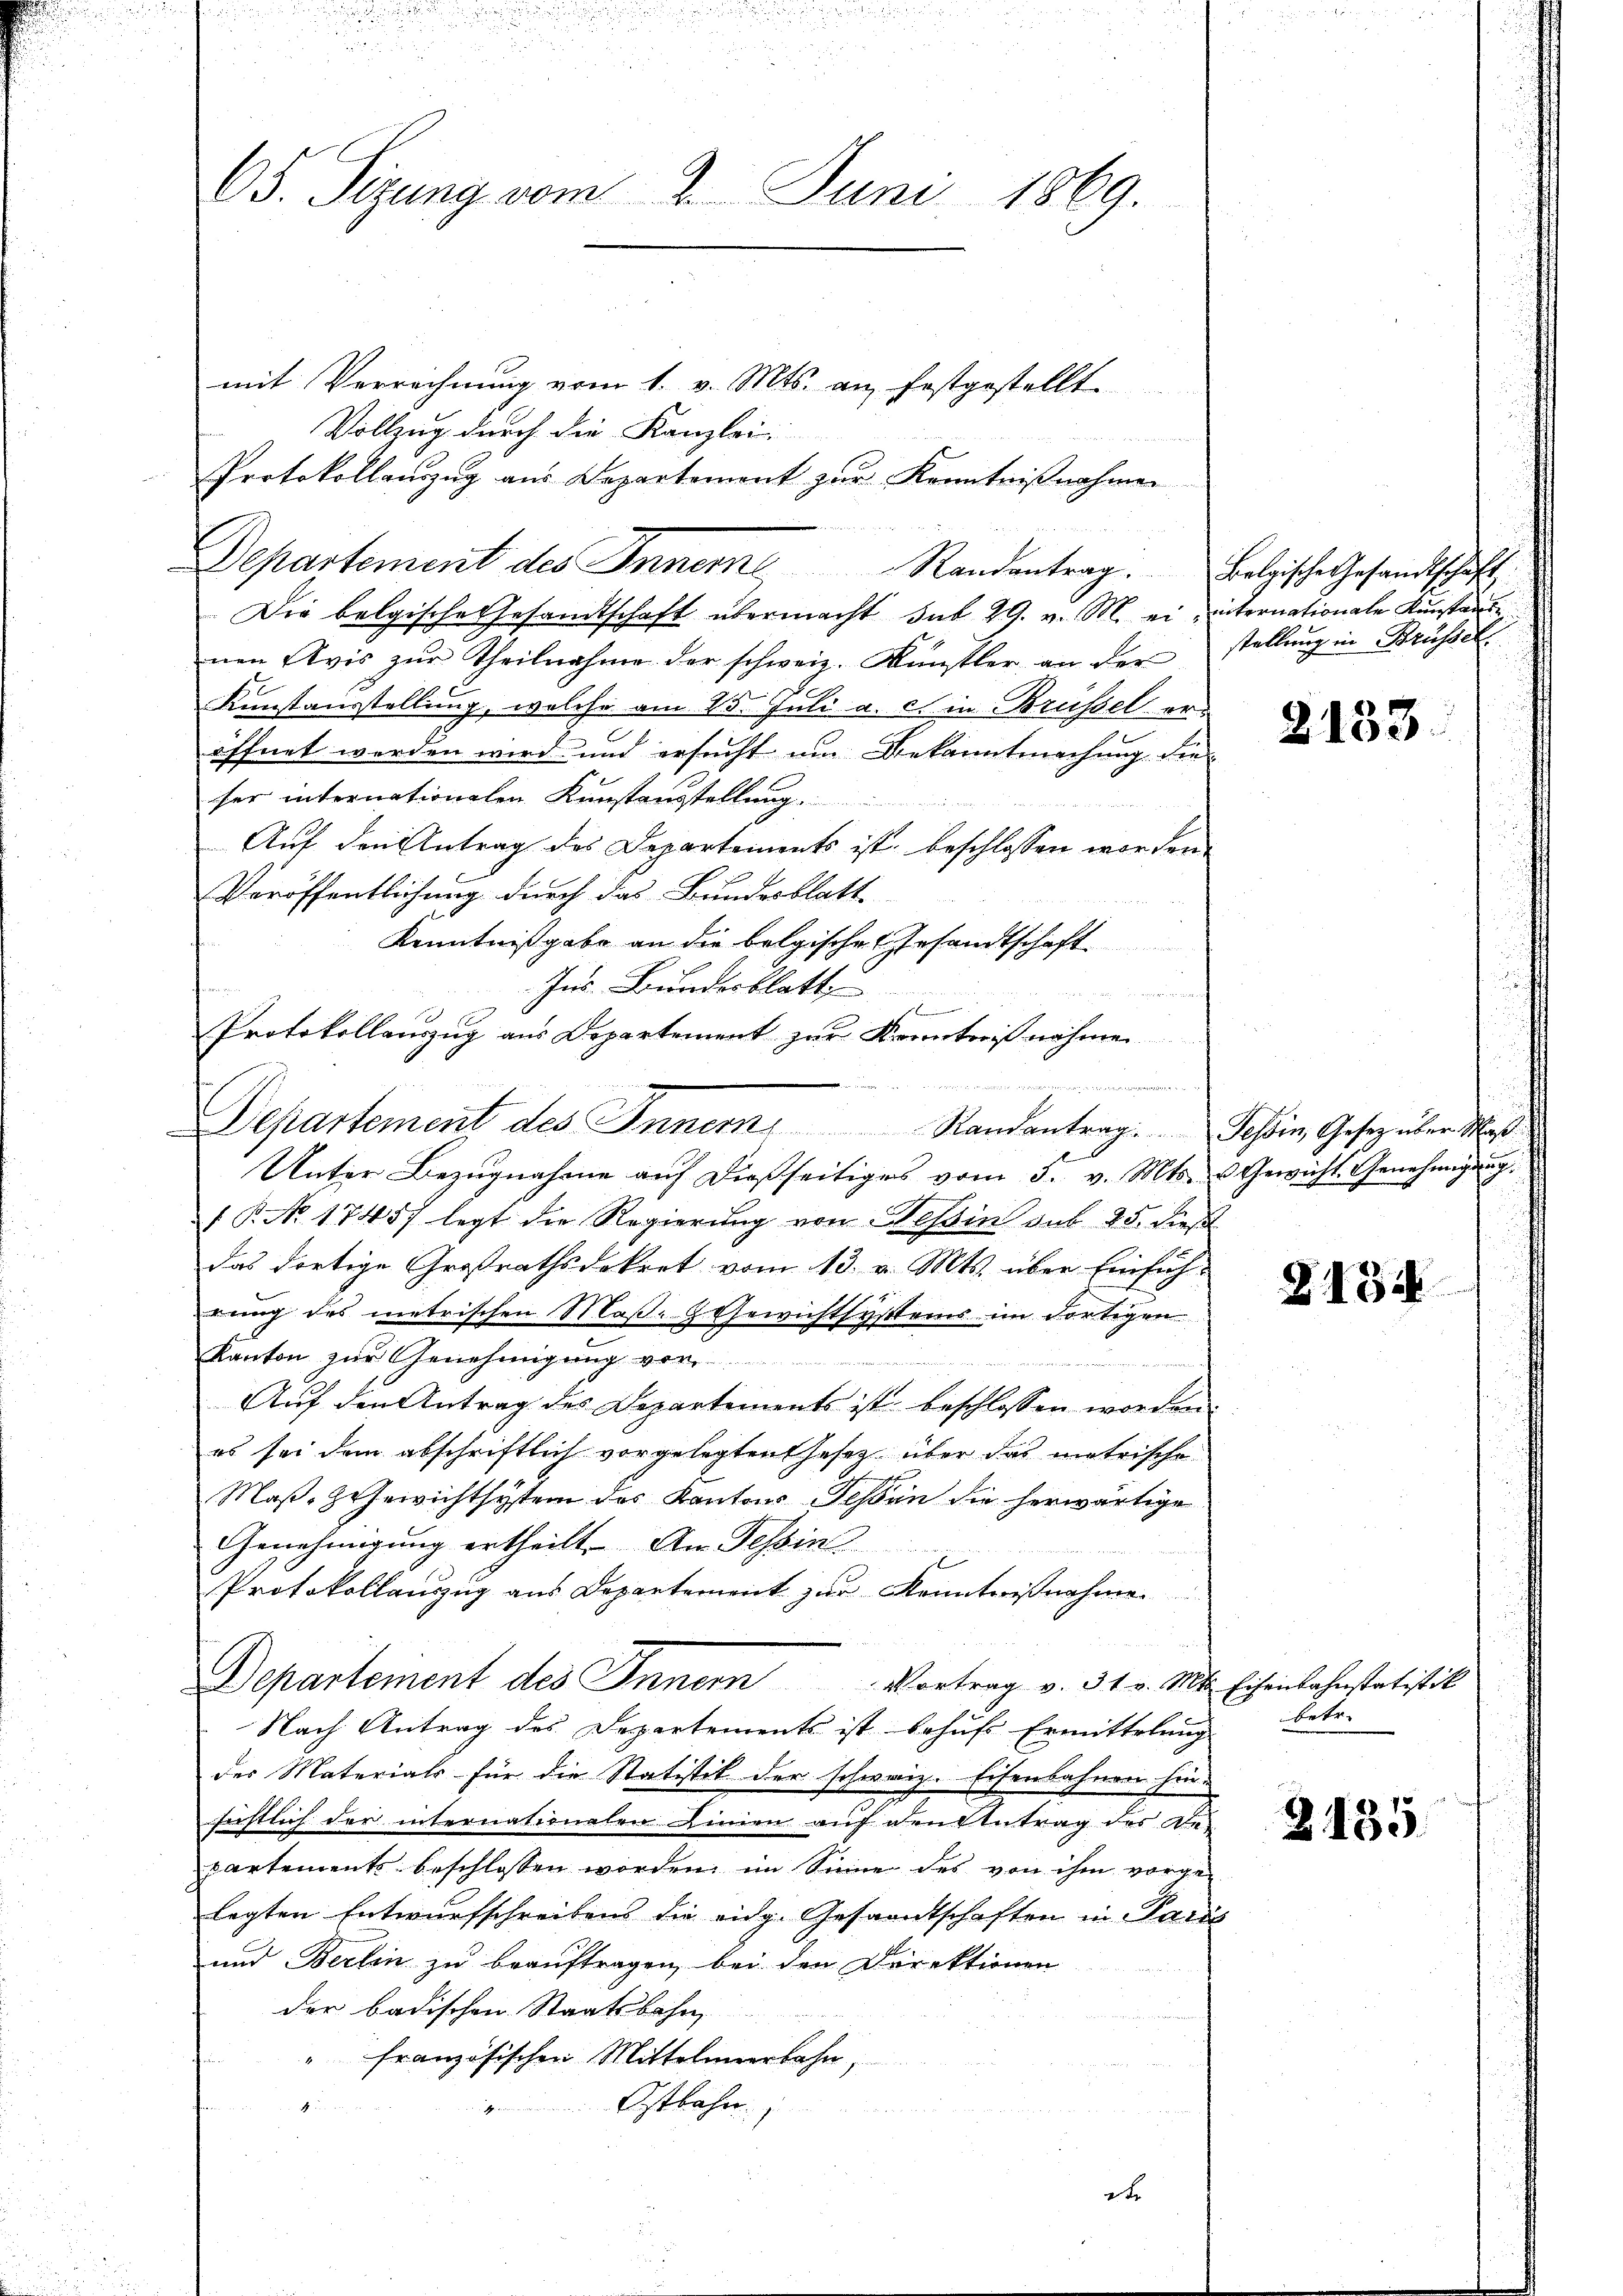
mit Verrechnung vom 1. v. Mts. an festgestellt
Vollzug durch die Kanzlei-
 des 10 f 11 1444
Protokollauszug aus Departement zur Kenntnißnahmen
Departement des Inner Randantrag. Bolgische Gesandtschaft
Die belgische Gesandtschaft übermacht sub 29. v. M. ei, internationale Kunstante
nen Avis zŭr Theilnahme der schweiz. Künstler an der
Kunstausstellung, welche am 25. Juli a. c. in Brüssel eröffnet werden wird und ersucht um Bekanntmachung die
ser internationalen Kunstausstellung
Auf den Antrag des Departements ist beschlossen worden.
Veröffentlichung durch das Bundesblatt
Kenntnißgabe an die belgische Gesandtschaft
Ins Bundesblatt,

Protokollauszug aus Departement zur Kenntnißnahmen
Unter Bezugnahme auf dießseitiges vom 3. v. Mts. u Gewicht Genehmigung
 P. No. 17457 legt die Regierŭng von Hessin sub 25. dieß
das dortige Großrathsdekret vom 13. v. Mts. über Einführung des metrischen Maß-G. Gewichtsystems im dortigen
Kanton zŭr Genehmigung vor
g
Auf den Antrag des Departements ist beschlossen worden.
es sei dem abschriftlich vorgelegten Gesetz über das matrische
Maß-ZGewichtsystem des Kantons Tessin die herwärtige
Genehmigung ertheilt. An Tessin
Protokollauszug aus Departement zur Kenntnißnahme.
Departement des Innern Vortrag v. 31. v. Mts. Eisenbahnstatistik
Nach Antrag des Departements ist behufs Ermittelung
des Materials für die Statistet der schweiz. Eisenbahnen hinfirstlich der internationalen Linien auf den Antrag des Be-
partements beschlossen worden, im Sinne des von ihm vorgelegten Entwurfschreibens die eidg. Gesamtschaften in Paris
und Berlin zu beauftragen, bei den Direktionen
der badischen Staatsbahn,
" französischen Mittelmeerbahn
4
Ostbahn.

65. Seizung vom 2. Juni 1869.

Departement des Innern Randantrag. Tessin, Gesetz über Maß

stellung in Brüssel

2133.

2134

betr.

Z 135